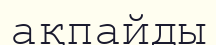
ақпайды